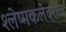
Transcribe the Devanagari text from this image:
श्लेष्मकलेवरील